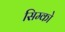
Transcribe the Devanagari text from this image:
सिम्को